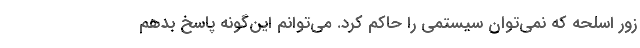
زور اسلحه كه نمي‌توان سيستمي را حاكم كرد. مي‌توانم اين‌گونه پاسخ بدهم